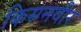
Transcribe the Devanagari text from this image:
किसनवीर